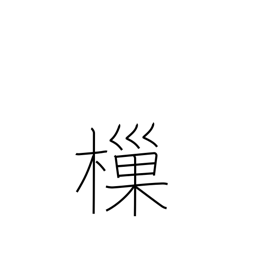
Meaning: dip up